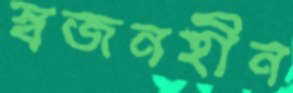
স্বজনহীন